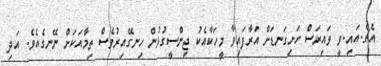
އެޗް.އައި.ވީ ވައިރަސް ހަށިގަނޑަށް އަރާފައިވާ މީހަކާއެކު ޖިންސީގުޅުން ހިނގޭއިރުވެސް ތިމާއަކަށް ނޭނގެއެވެ. އަދި